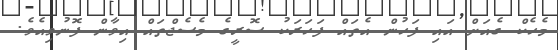
މެހެކް ގެއަށް އައި ފަހުން އެތައް ފަހަރަކު ސޮރީގެ މެސެޖްތައް އިވާން ފޮނުވިއެވެ.